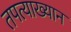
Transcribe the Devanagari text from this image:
तपत्याख्यान